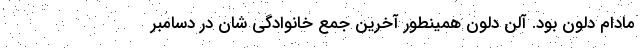
مادام دلون بود. آلن دلون همینطور آخرین جمع خانوادگی شان در دسامبر